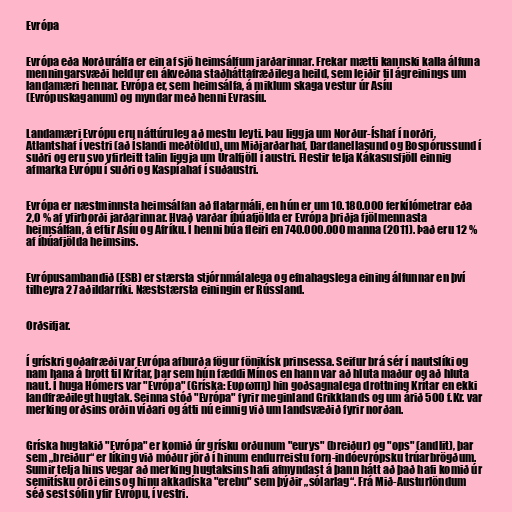
Evrópa

Evrópa eða Norðurálfa er ein af sjö heimsálfum jarðarinnar. Frekar mætti kannski kalla álfuna
menningarsvæði heldur en ákveðna staðháttafræðilega heild, sem leiðir til ágreinings um
landamæri hennar. Evrópa er, sem heimsálfa, á miklum skaga vestur úr Asíu
(Evrópuskaganum) og myndar með henni Evrasíu.

Landamæri Evrópu eru náttúruleg að mestu leyti. Þau liggja um Norður-Íshaf í norðri,
Atlantshaf í vestri (að Íslandi meðtöldu), um Miðjarðarhaf, Dardanellasund og Bospórussund í
suðri og eru svo yfirleitt talin liggja um Úralfjöll í austri. Flestir telja Kákasusfjöll einnig
afmarka Evrópu í suðri og Kaspíahaf í suðaustri.

Evrópa er næstminnsta heimsálfan að flatarmáli, en hún er um 10.180.000 ferkílómetrar eða
2,0 % af yfirborði jarðarinnar. Hvað varðar íbúafjölda er Evrópa þriðja fjölmennasta
heimsálfan, á eftir Asíu og Afríku. Í henni búa fleiri en 740.000.000 manna (2011). Það eru 12 %
af íbúafjölda heimsins.

Evrópusambandið (ESB) er stærsta stjórnmálalega og efnahagslega eining álfunnar en því
tilheyra 27 aðildarríki. Næststærsta einingin er Rússland.

Orðsifjar.

Í grískri goðafræði var Evrópa afburða fögur fönikísk prinsessa. Seifur brá sér í nautslíki og
nam hana á brott til Krítar, þar sem hún fæddi Mínos en hann var að hluta maður og að hluta
naut. Í huga Hómers var "Evrópa" (Gríska: Ευρωπη) hin goðsagnalega drottning Krítar en ekki
landfræðilegt hugtak. Seinna stóð "Evrópa" fyrir meginland Grikklands og um árið 500 f.Kr. var
merking orðsins orðin víðari og átti nú einnig við um landsvæðið fyrir norðan.

Gríska hugtakið "Evrópa" er komið úr grísku orðunum "eurys" (breiður) og "ops" (andlit), þar
sem „breiður“ er líking við móður jörð í hinum endurreistu forn-indóevrópsku trúarbrögðum.
Sumir telja hins vegar að merking hugtaksins hafi afmyndast á þann hátt að það hafi komið úr
semitísku orði eins og hinu akkadíska "erebu" sem þýðir „sólarlag“. Frá Mið-Austurlöndum
séð sest sólin yfir Evrópu, í vestri.